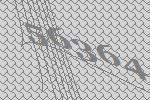
56364